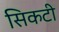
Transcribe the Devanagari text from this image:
सिकटी